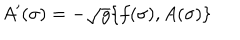
A ^ { \prime } ( \sigma ) = - \sqrt { g } \{ f ( \sigma ) , A ( \sigma ) \}